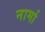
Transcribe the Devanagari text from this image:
नार्मा